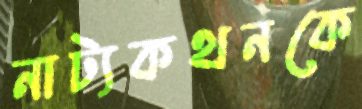
নাট্যকথনকে